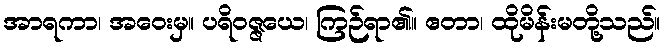
အာရကာ၊ အဝေးမှ။ ပရိဝဇ္ဇယေ၊ ကြဉ်ရာ၏။ ဧတာ၊ ထိုမိန်းမတို့သည်။